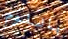
باللوم